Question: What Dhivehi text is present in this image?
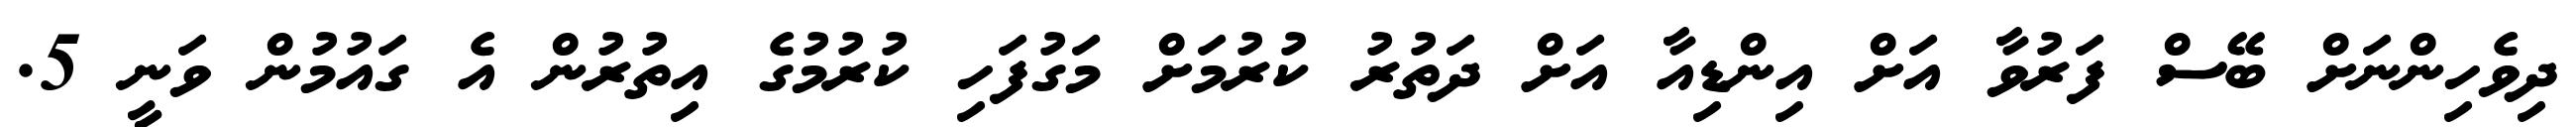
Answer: ދިވެހިންނަށް ބޭސް ފަރުވާ އަށް އިންޑިއާ އަށް ދަތުރު ކުރުމަށް މަގުފަހި ކުރުމުގެ އިތުރުން އެ ގައުމުން ވަނީ 5.